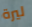
ليرة